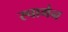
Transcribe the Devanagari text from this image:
स्चागेन